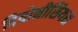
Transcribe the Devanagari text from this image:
दियोनीसियस